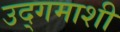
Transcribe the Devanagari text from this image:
उद्‌गमाशी